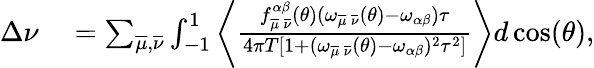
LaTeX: \begin{array}{rl}{\Delta\nu}&{{}=\sum_{\overline{{\mu}},\overline{{\nu}}}\int_{-1}^{1}\left\langle\frac{f_{\overline{{\mu}}\, \overline{{\nu}}}^{\alpha\beta}(\theta)(\omega_{\overline{{\mu}}\, \overline{{\nu}}}(\theta)-\omega_{\alpha\beta})\tau}{4\pi T[1+(\omega_{\overline{{\mu}}\, \overline{{\nu}}}(\theta)-\omega_{\alpha\beta})^{2}\tau^{2}]}\right\rangle d\cos(\theta),}\end{array}